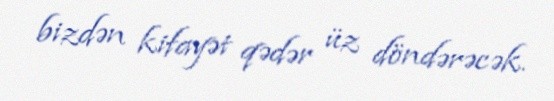
bizdən kifayət qədər üz döndərəcək.